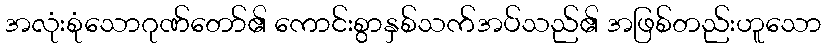
အလုံးစုံသောဂုဏ်တော်၏ ကောင်းစွာနှစ်သက်အပ်သည်၏ အဖြစ်တည်းဟူသော